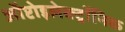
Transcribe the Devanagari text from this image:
ऑप्टोइलेक्ट्रॉनिक